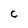
Character: C